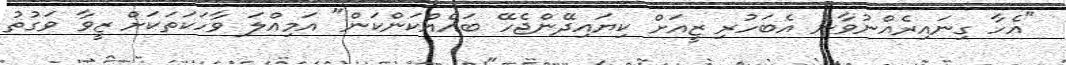
"އެހާ ގިނައިރެއްނުވާނެ އެބަހުރި ޒީއަށް ކިޔައިދޭންޖެހޭ ބައެއްކަންކަން" އަމިއްލަ ވާހަކަތަކަށް ޒީވާ ވަގުތު